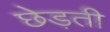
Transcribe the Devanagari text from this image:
छेड़ती